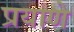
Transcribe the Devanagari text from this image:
प्रयाणे